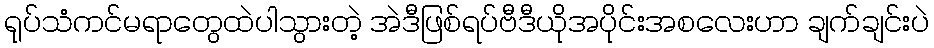
ရုပ်သံကင်မရာတွေထဲပါသွားတဲ့ အဲဒီဖြစ်ရပ်ဗီဒီယိုအပိုင်းအစလေးဟာ ချက်ချင်းပဲ